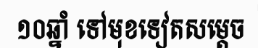
១០ឆ្នាំ ទៅមុខទៀតសម្តេច